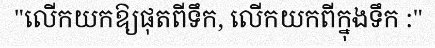
"លើកយកឱ្យផុតពីទឹក, លើកយកពីក្នុងទឹក :"